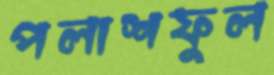
পলাশফুল